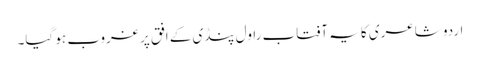
اردو شاعری کا یہ آفتاب راول پنڈی کے افق پر غروب ہو گیا۔